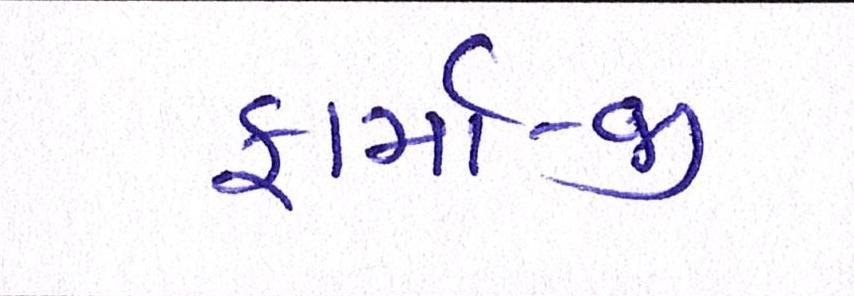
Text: ફાર્મા-જી